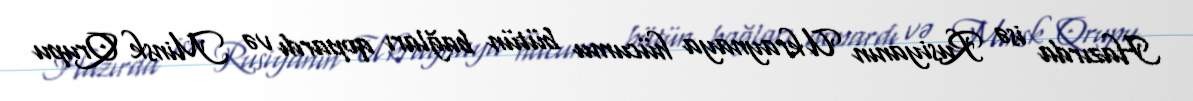
Hazırda isə Rusiyanın Ukraynaya hücumu bütün bağları qopardı və Minsk Qrupu